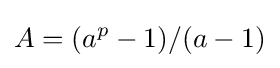
A=(a^{p}-1)/(a-1)